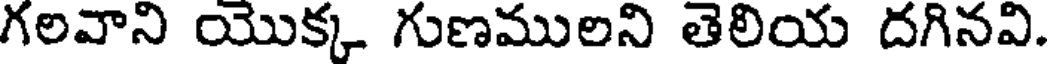
గలవాని యొక్క గుణములని తెలియ దగినవి.